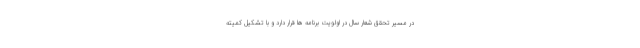
در مسیر تحقق شعار سال در اولویت برنامه ها قرار دارد و با تشکیل کمیته